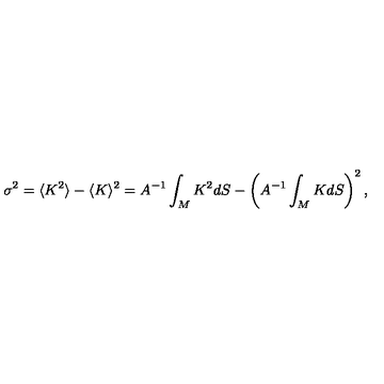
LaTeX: \sigma ^ { 2 } = \langle K ^ { 2 } \rangle - \langle K \rangle ^ { 2 } = A ^ { - 1 } \int _ { M } K ^ { 2 } d S - \left( A ^ { - 1 } \int _ { M } K d S \right) ^ { 2 } ,